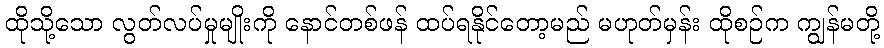
ထိုသို့သော လွတ်လပ်မှုမျိုးကို နောင်တစ်ဖန် ထပ်ရနိုင်တော့မည် မဟုတ်မှန်း ထိုစဉ်က ကျွန်မတို့